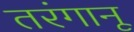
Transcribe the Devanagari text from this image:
तरंगानू